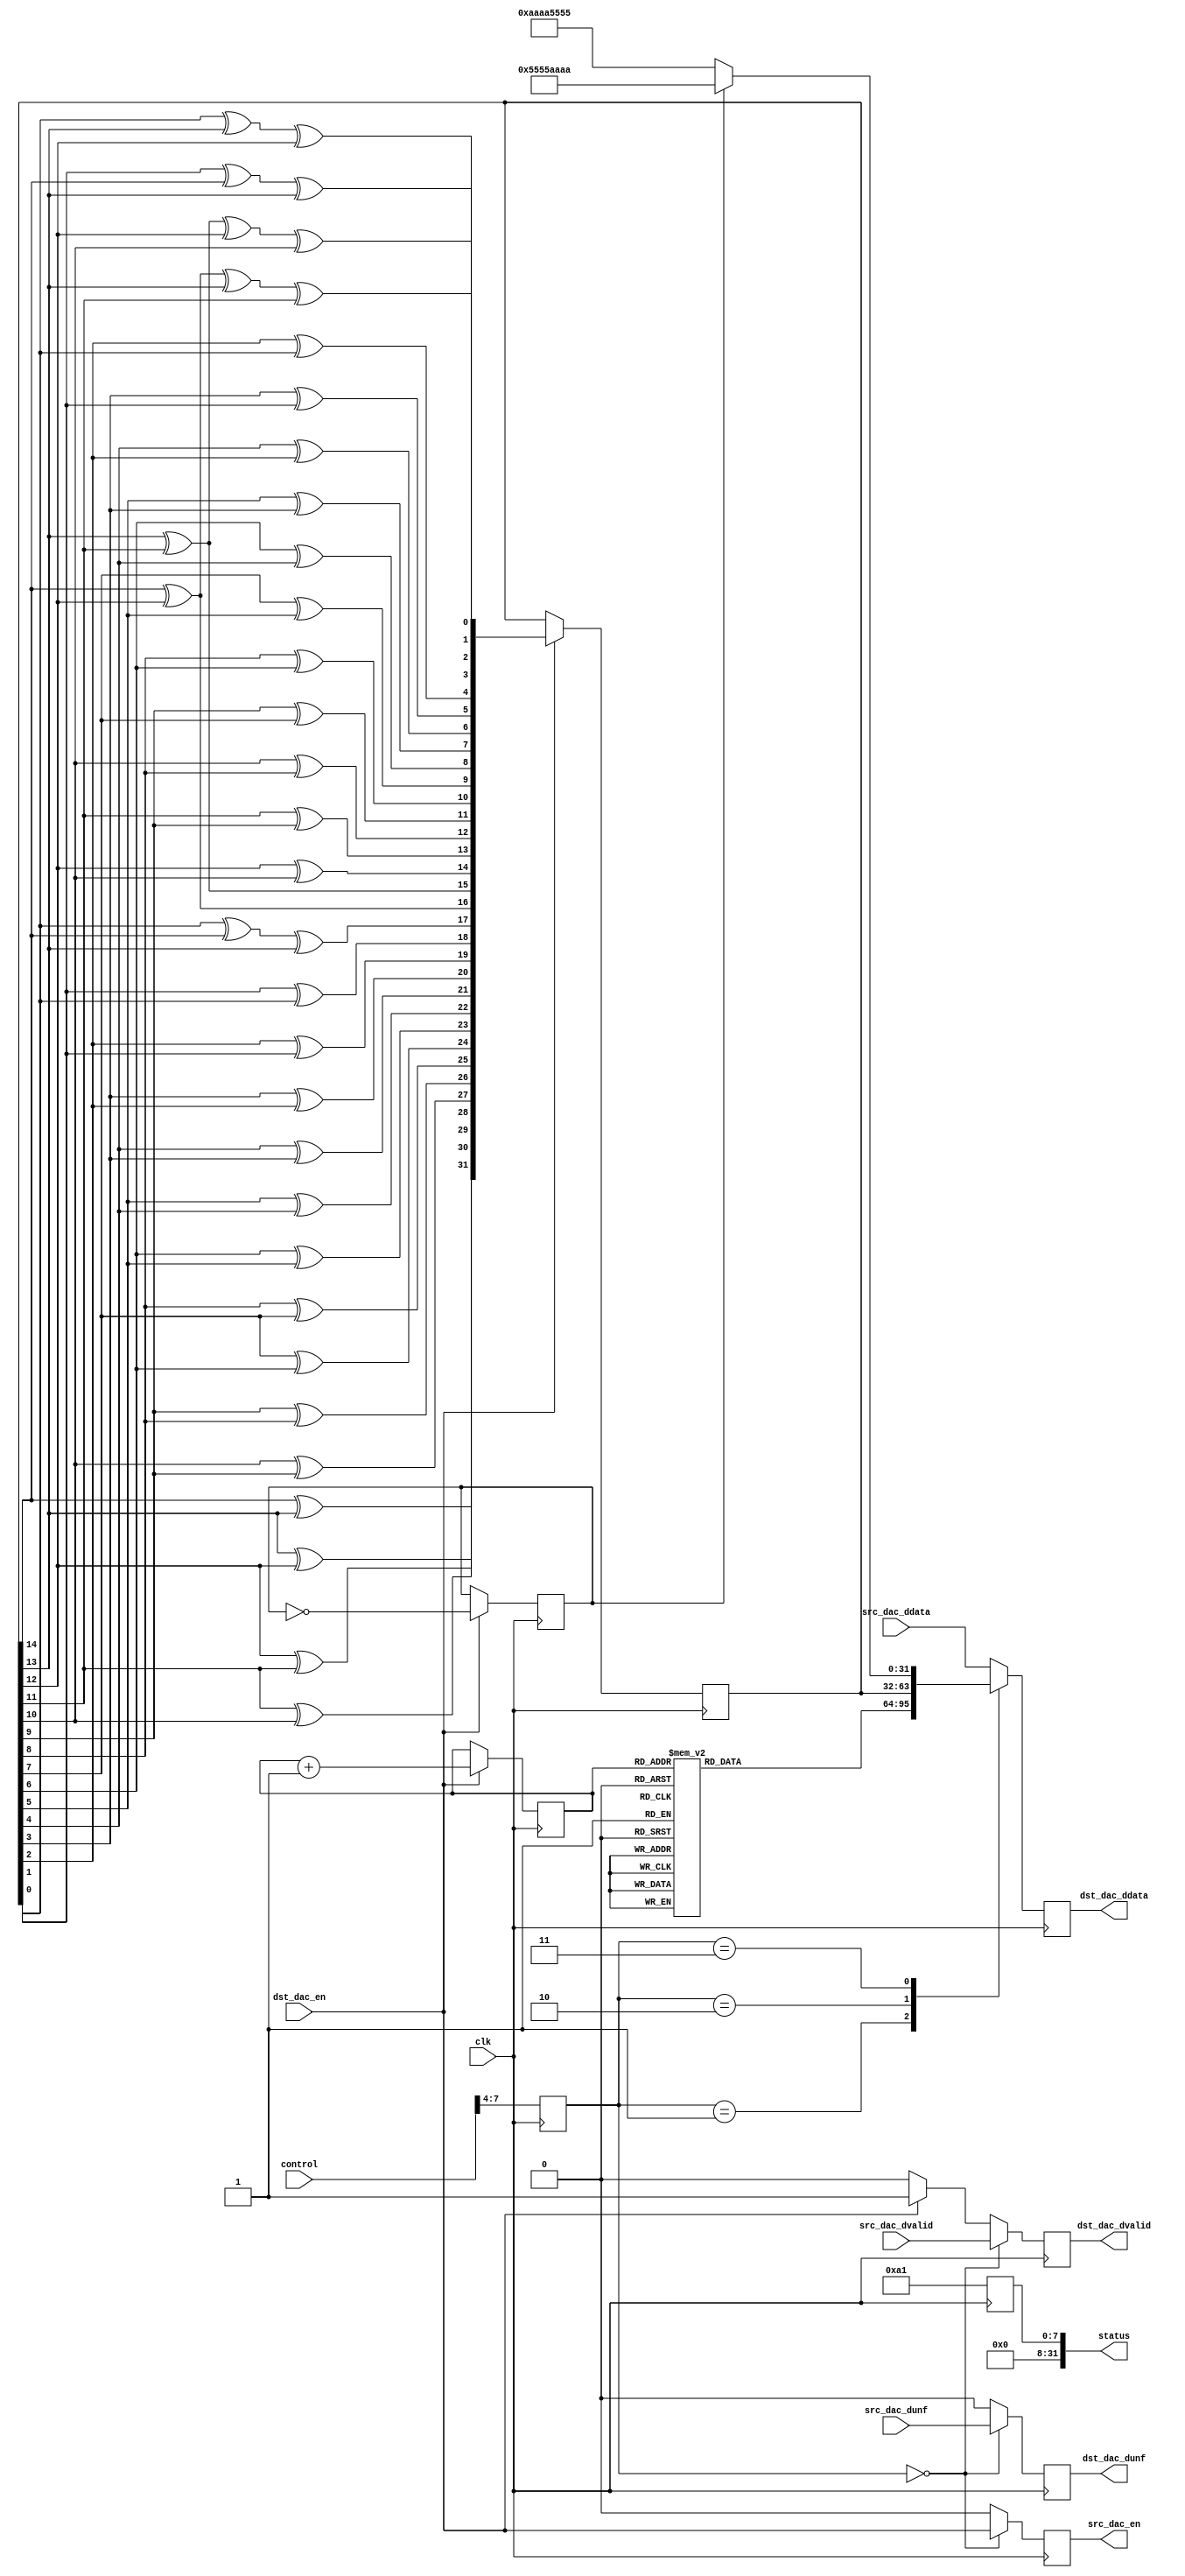

// ***************************************************************************
// ***************************************************************************
// Copyright 2013(c) Analog Devices, Inc.
//
// All rights reserved.
//
// Redistribution and use in source and binary forms, with or without modification,
// are permitted provided that the following conditions are met:
//     - Redistributions of source code must retain the above copyright
//       notice, this list of conditions and the following disclaimer.
//     - Redistributions in binary form must reproduce the above copyright
//       notice, this list of conditions and the following disclaimer in
//       the documentation and/or other materials provided with the
//       distribution.
//     - Neither the name of Analog Devices, Inc. nor the names of its
//       contributors may be used to endorse or promote products derived
//       from this software without specific prior written permission.
//     - The use of this software may or may not infringe the patent rights
//       of one or more patent holders.  This license does not release you
//       from the requirement that you obtain separate licenses from these
//       patent holders to use this software.
//     - Use of the software either in source or binary form, must be run
//       on or directly connected to an Analog Devices Inc. component.
//
// THIS SOFTWARE IS PROVIDED BY ANALOG DEVICES "AS IS" AND ANY EXPRESS OR IMPLIED WARRANTIES,
// INCLUDING, BUT NOT LIMITED TO, NON-INFRINGEMENT, MERCHANTABILITY AND FITNESS FOR A
// PARTICULAR PURPOSE ARE DISCLAIMED.
//
// IN NO EVENT SHALL ANALOG DEVICES BE LIABLE FOR ANY DIRECT, INDIRECT, INCIDENTAL, SPECIAL,
// EXEMPLARY, OR CONSEQUENTIAL DAMAGES (INCLUDING, BUT NOT LIMITED TO, INTELLECTUAL PROPERTY
// RIGHTS, PROCUREMENT OF SUBSTITUTE GOODS OR SERVICES; LOSS OF USE, DATA, OR PROFITS; OR
// BUSINESS INTERRUPTION) HOWEVER CAUSED AND ON ANY THEORY OF LIABILITY, WHETHER IN CONTRACT,
// STRICT LIABILITY, OR TORT (INCLUDING NEGLIGENCE OR OTHERWISE) ARISING IN ANY WAY OUT OF
// THE USE OF THIS SOFTWARE, EVEN IF ADVISED OF THE POSSIBILITY OF SUCH DAMAGE.
// ***************************************************************************
// ***************************************************************************
// ***************************************************************************
// ***************************************************************************

`timescale 1ns/1ns

module prcfg_dac(

  clk,

  // control ports
  control,
  status,

  // FIFO interface
  src_dac_en,
  src_dac_ddata,
  src_dac_dunf,
  src_dac_dvalid,

  dst_dac_en,
  dst_dac_ddata,
  dst_dac_dunf,
  dst_dac_dvalid
);

  localparam  RP_ID      = 8'hA1;
  parameter   CHANNEL_ID = 0;

  input             clk;

  input   [31:0]    control;
  output  [31:0]    status;

  output            src_dac_en;
  input   [31:0]    src_dac_ddata;
  input             src_dac_dunf;
  input             src_dac_dvalid;

  input             dst_dac_en;
  output  [31:0]    dst_dac_ddata;
  output            dst_dac_dunf;
  output            dst_dac_dvalid;

  reg               dst_dac_dunf   = 0;
  reg     [31:0]    dst_dac_ddata  = 0;
  reg               dst_dac_dvalid = 0;
  reg               src_dac_en     = 0;

  reg     [31:0]    dac_prbs       = 32'hA2F19C;
  reg     [31:0]    status         = 0;

  reg     [ 2:0]    counter        = 0;
  reg               pattern        = 0;
  reg     [15:0]    sin_tone       = 0;
  reg     [15:0]    cos_tone       = 0;

  reg     [ 3:0]    mode;

  wire    [31:0]    dac_data_mode0;
  wire    [31:0]    dac_data_mode1;
  wire    [31:0]    dac_data_mode2;
  wire    [31:0]    dac_data_mode3;

  // prbs function
  function [31:0] pn;
    input [31:0] din;
    reg   [31:0] dout;
    begin
      dout[31]  = din[14] ^ din[13];
      dout[30]  = din[13] ^ din[12];
      dout[29]  = din[12] ^ din[11];
      dout[28]  = din[11] ^ din[10];
      dout[27]  = din[10] ^ din[9];
      dout[26]  = din[9]  ^ din[8];
      dout[25]  = din[8]  ^ din[7];
      dout[24]  = din[7]  ^ din[6];
      dout[23]  = din[6]  ^ din[5];
      dout[22]  = din[5]  ^ din[4];
      dout[21]  = din[4]  ^ din[3];
      dout[20]  = din[3]  ^ din[2];
      dout[19]  = din[2]  ^ din[1];
      dout[18]  = din[1]  ^ din[0];
      dout[17]  = din[0]  ^ din[14] ^ din[13];
      dout[16]  = din[14] ^ din[12];
      dout[15]  = din[13] ^ din[11];
      dout[14]  = din[12] ^ din[10];
      dout[13]  = din[11] ^ din[9];
      dout[12]  = din[10] ^ din[8];
      dout[11]  = din[9]  ^ din[7];
      dout[10]  = din[8]  ^ din[6];
      dout[9]   = din[7]  ^ din[5];
      dout[8]   = din[6]  ^ din[4];
      dout[7]   = din[5]  ^ din[3];
      dout[6]   = din[4]  ^ din[2];
      dout[5]   = din[3]  ^ din[1];
      dout[4]   = din[2]  ^ din[0];
      dout[3]   = din[1]  ^ din[14] ^ din[13];
      dout[2]   = din[0]  ^ din[13] ^ din[12];
      dout[1]   = din[14] ^ din[12] ^ din[13] ^ din[11];
      dout[0]   = din[13] ^ din[11] ^ din[12] ^ din[10];
      pn = dout;
    end
  endfunction

  always @(posedge clk) begin
    status <= {24'h0, RP_ID};
    mode   <= control[7:4];
  end

  // pass through for tx/rx side
  assign dac_data_mode0 = src_dac_ddata;

  // sine tone generation
  always @(posedge clk) begin
    if (dst_dac_en == 1'h1) begin
      counter <= counter + 1;
    end
  end

  always @(counter) begin
    case(counter)
      3'd0  : begin
                sin_tone <= 16'h0000;
                cos_tone <= 16'h7FFF;
              end
      3'd1  : begin
                sin_tone <= 16'h5A82;
                cos_tone <= 16'h5A82;
              end
      3'd2  : begin
                sin_tone <= 16'h7FFF;
                cos_tone <= 16'h0000;
              end
      3'd3  : begin
                sin_tone <= 16'h5A82;
                cos_tone <= 16'hA57E;
              end
      3'd4  : begin
                sin_tone <= 16'h0000;
                cos_tone <= 16'h8001;
              end
      3'd5  : begin
                sin_tone <= 16'hA57E;
                cos_tone <= 16'hA57E;
              end
      3'd6  : begin
                sin_tone <= 16'h8001;
                cos_tone <= 16'h0000;
              end
      3'd7  : begin
                sin_tone <= 16'hA57E;
                cos_tone <= 16'h5A82;
              end
    endcase
  end

  assign dac_data_mode1 = {cos_tone, sin_tone};

  // prbs generation
  always @(posedge clk) begin
    if(dst_dac_en == 1'h1) begin
      dac_prbs <= pn(dac_prbs);
    end
  end

  assign dac_data_mode2 = dac_prbs;

  // constant pattern generator
  always @(posedge clk) begin
    if(dst_dac_en == 1'h1) begin
      pattern <= ~pattern;
    end
  end

  assign dac_data_mode3 = (pattern == 1'h1) ?
                          {16'h5555, 16'hAAAA, 16'h5555, 16'hAAAA} :
                          {16'hAAAA, 16'h5555, 16'hAAAA, 16'h5555};

  // output mux for tx side
  always @(posedge clk) begin
    src_dac_en     <= (mode == 0) ? dst_dac_en  : 1'b0;
    dst_dac_dvalid <= (mode == 0) ? src_dac_dvalid  :
                                  ((dst_dac_en == 1'b1) ? 1'b1 : 1'b0);
    dst_dac_dunf   <= (mode == 0) ? src_dac_dunf : 1'b0;
  end

  always @(posedge clk) begin
    case(mode)
      4'h0    : begin
                  dst_dac_ddata <= dac_data_mode0;
                end
      4'h1    : begin
                  dst_dac_ddata <= dac_data_mode1;
                end
      4'h2    : begin
                  dst_dac_ddata <= dac_data_mode2;
                end
      4'h3    : begin
                  dst_dac_ddata <= dac_data_mode3;
                end
      default : begin
                  dst_dac_ddata <= dac_data_mode0;
                end
    endcase
  end
endmodule